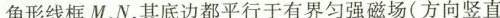
角形线框M N，其底边都平行于有界匀强磁场(方向竖直